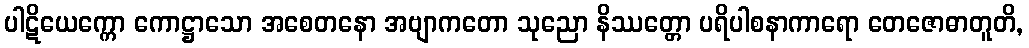
ပါဋိယေက္ကော ကောဋ္ဌာသော အစေတနော အဗျာကတော သုညော နိဿတ္တော ပရိပါစနာကာရော တေဇောဓာတူတိ,